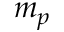
m _ { p }